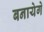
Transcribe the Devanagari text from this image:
बनायेगे